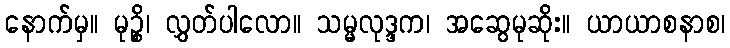
နောက်မှ။ မုဉ္စိ၊ လွှတ်ပါလော။ သမ္မလုဒ္ဒက၊ အဆွေမုဆိုး။ ယာယာစနာစ၊